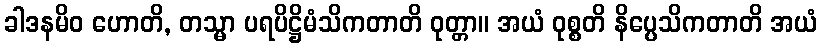
ခါဒနမိဝ ဟောတိ, တသ္မာ ပရပိဋ္ဌိမံသိကတာတိ ဝုတ္တာ။ အယံ ဝုစ္စတိ နိပ္ပေသိကတာတိ အယံ